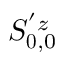
S _ { \boldsymbol { 0 } , 0 } ^ { ' z }